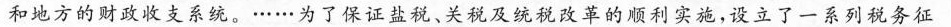
和地方的财政收支系统。……为了保证盐税、关税及统税改革的顺利实施，设立了一系列税务征